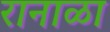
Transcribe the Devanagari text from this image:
रानाळा